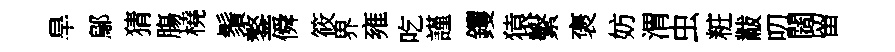
旱鄔猜膓橈鬚鏊僢筱界雍吃謹钁猿繫褒妨渭虫粧黻叨闊留